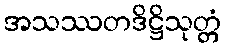
အသဿတဒိဋ္ဌိသုတ္တံ